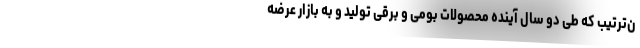
ن‌ترتیب که طی دو سال آینده محصولات بومی و برقی تولید و به بازار عرضه